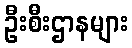
ဦးစီးဌာနများ